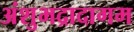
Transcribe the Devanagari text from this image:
अंशुभद्रादागम